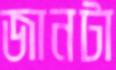
জানটা